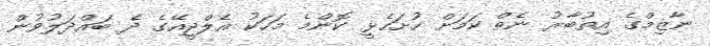
ނާޒިމްގެ އިތުބާރު ނެތް ކަމަށް ހުށަހެޅީ ކޮންމެ މަހަކު އެލްޖީއޭގެ ދެ ބައްދަލުވުން